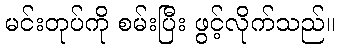
မင်းတုပ်ကို စမ်းပြီး ဖွင့်လိုက်သည်။